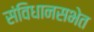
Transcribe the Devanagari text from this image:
संविधानसभेत